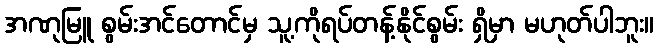
အဏုမြူ စွမ်းအင်တောင်မှ သူ့ကိုရပ်တန့်နိုင်စွမ်း ရှိမှာ မဟုတ်ပါဘူး။